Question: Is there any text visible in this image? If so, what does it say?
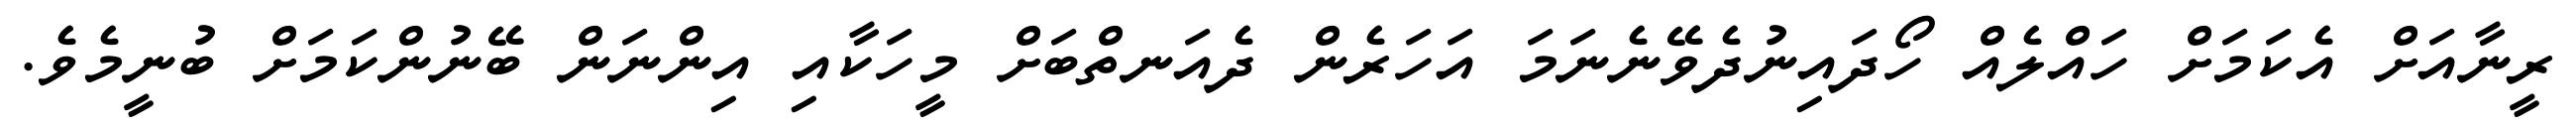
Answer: ރީނާއަށް އެކަމަށް ހައްލެއް ހޯދައިނުދެވޭނެނަމަ އަހަރެން ދެއަނތްބަށް މީހަކާއި އިންނަން ބޭނުންކަމަށް ބުނީމެވެ.